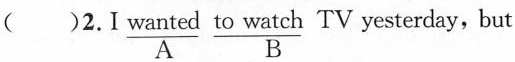
( )2. I \underset{A}{\underline{wanted}} \underset{B}{\underline{to watch}} TV yesterday, but